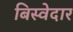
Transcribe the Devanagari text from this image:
बिस्‍वेदार